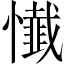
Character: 懴